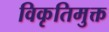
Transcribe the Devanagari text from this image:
विकृतिमुक्त